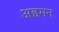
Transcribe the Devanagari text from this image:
अह्रमन